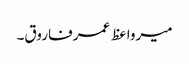
میرواعظ عمرفاروق۔